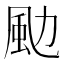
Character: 𩖙